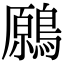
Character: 𪄁